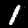
Digit: 1